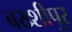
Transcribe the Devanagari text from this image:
बख्शीपुर